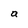
Character: a